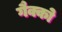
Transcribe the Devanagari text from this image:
गैक्को